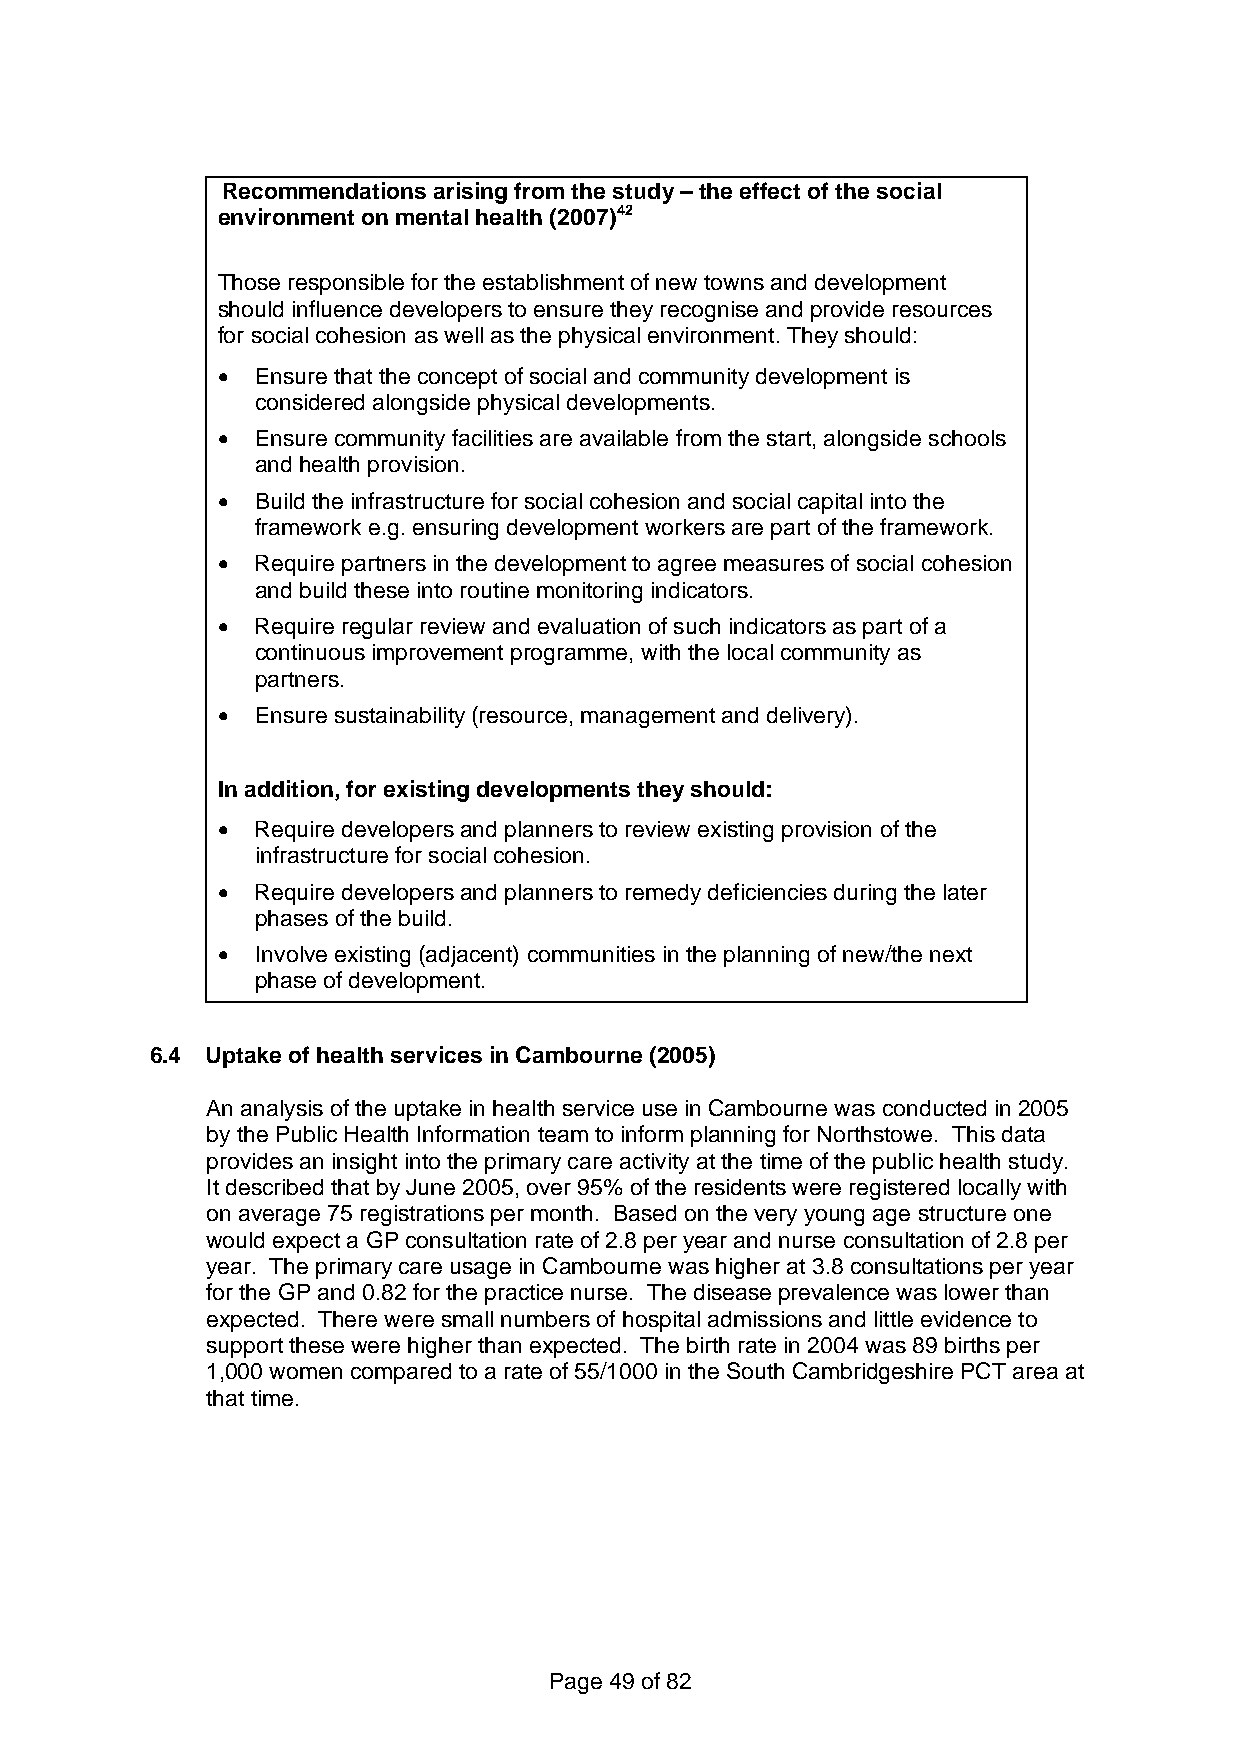
Recommendations arising from the study – the effect of the social
 environment on mental health (2007)42
 Those responsible for the establishment of new towns and development
 should influence developers to ensure they recognise and provide resources
 for social cohesion as well as the physical environment. They should:
 •  Ensure that the concept of social and community development is
 considered alongside physical developments.
 •  Ensure community facilities are available from the start, alongside schools
 and health provision.
 •  Build the infrastructure for social cohesion and social capital into the
 framework e.g. ensuring development workers are part of the framework.
 •  Require partners in the development to agree measures of social cohesion
 and build these into routine monitoring indicators.
 •  Require regular review and evaluation of such indicators as part of a
 continuous improvement programme, with the local community as
 partners.
 •  Ensure sustainability (resource, management and delivery).
 In addition, for existing developments they should:
 •  Require developers and planners to review existing provision of the
 infrastructure for social cohesion.
 •  Require developers and planners to remedy deficiencies during the later
 phases of the build.
 •  Involve existing (adjacent) communities in the planning of new/the next
 phase of development.
 6.4 Uptake of health services in Cambourne (2005)
 An analysis of the uptake in health service use in Cambourne was conducted in 2005
 by the Public Health Information team to inform planning for Northstowe. This data
 provides an insight into the primary care activity at the time of the public health study.
 It described that by June 2005, over 95% of the residents were registered locally with
 on average 75 registrations per month. Based on the very young age structure one
 would expect a GP consultation rate of 2.8 per year and nurse consultation of 2.8 per
 year. The primary care usage in Cambourne was higher at 3.8 consultations per year
 for the GP and 0.82 for the practice nurse. The disease prevalence was lower than
 expected. There were small numbers of hospital admissions and little evidence to
 support these were higher than expected. The birth rate in 2004 was 89 births per
 1,000 women compared to a rate of 55/1000 in the South Cambridgeshire PCT area at
 that time.
 Page 49 of 82